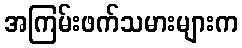
အကြမ်းဖက်သမားများက